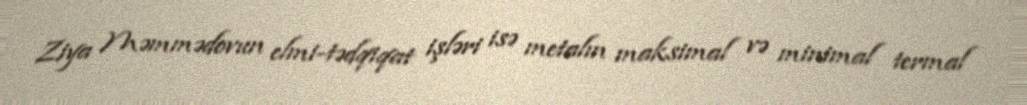
Ziya Məmmədovun elmi-tədqiqat işləri isə metalın maksimal və minimal termal